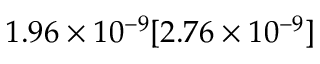
1 . 9 6 \times 1 0 ^ { - 9 } [ 2 . 7 6 \times 1 0 ^ { - 9 } ]